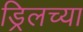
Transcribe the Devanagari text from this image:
ड्रिलच्या